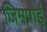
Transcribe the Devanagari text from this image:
जिमपाई